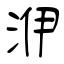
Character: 洢